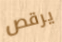
يرقص